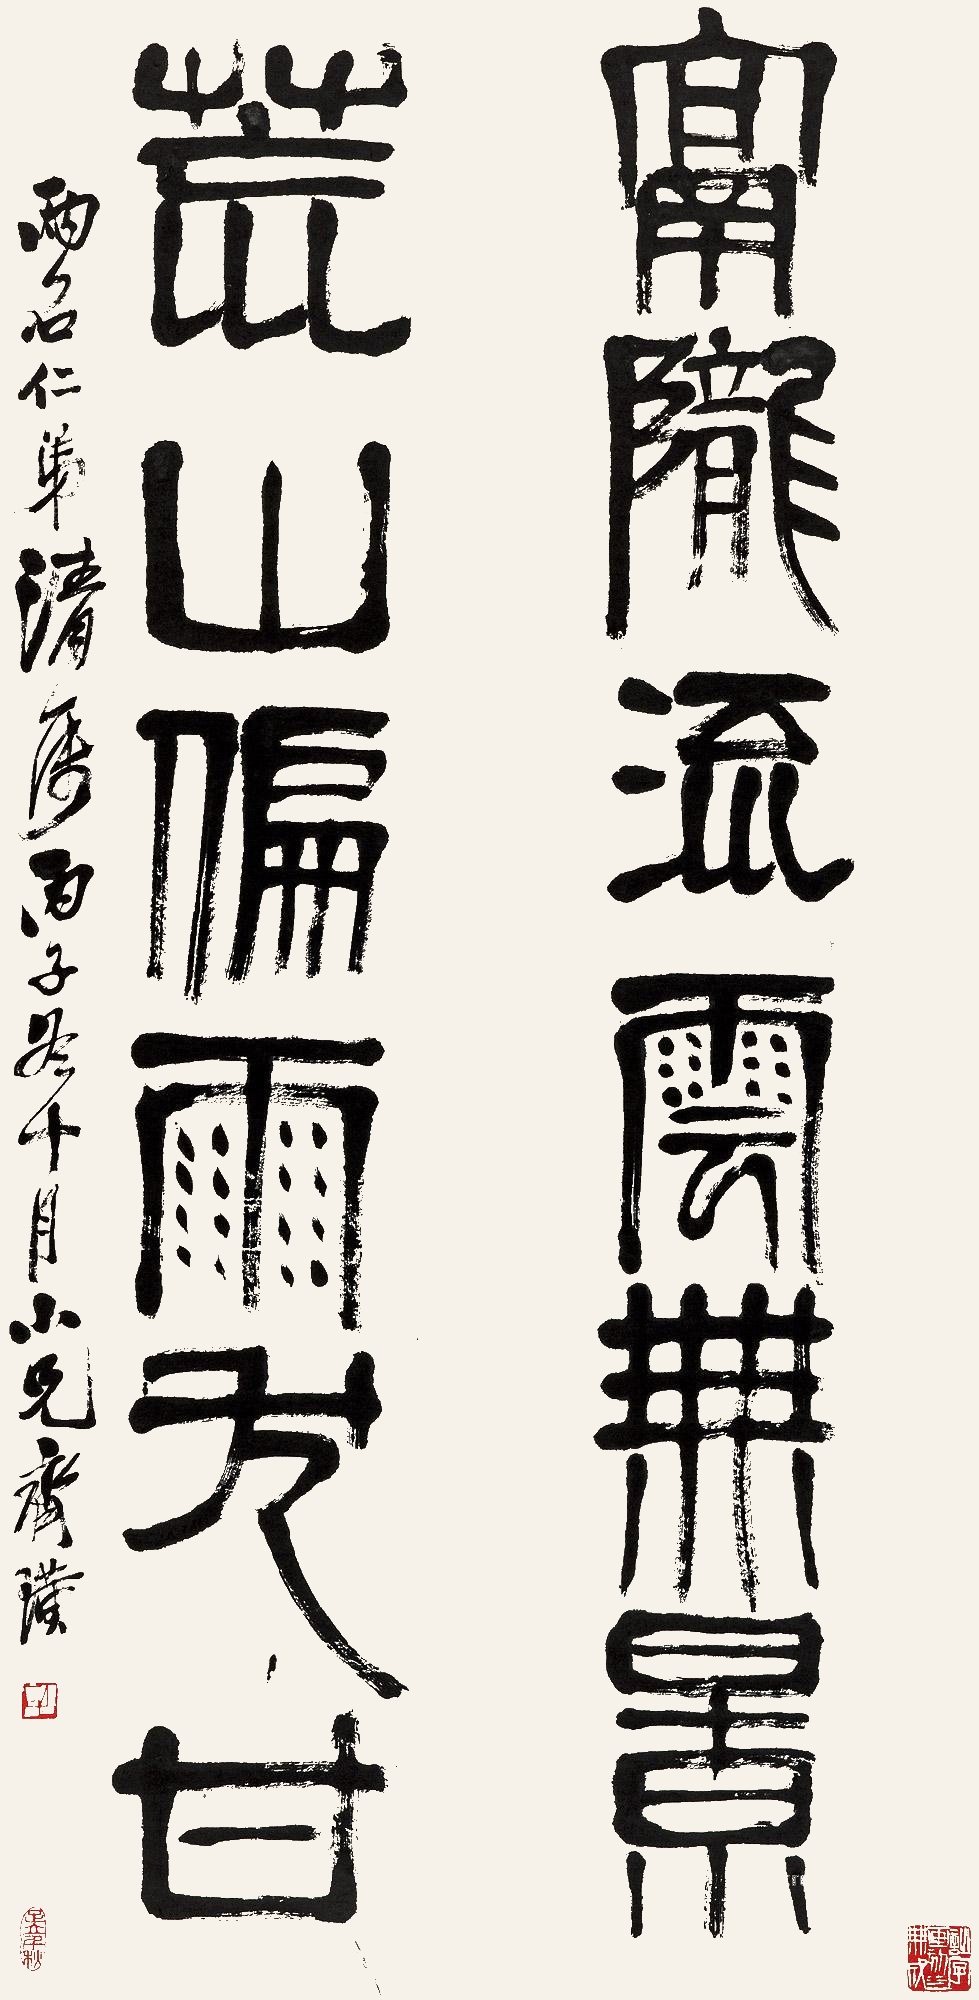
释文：隔陇流云无景，荒山偏雨尤甘。两石仁弟清属，丙子冬十月小兄齐璜。